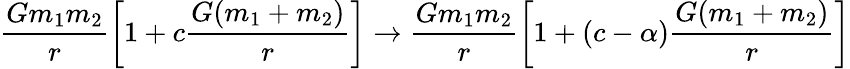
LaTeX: \frac{Gm_{1}m_{2}}{r}\left[1+c\frac{G(m_{1}+m_{2})}{r}\right]\rightarrow\frac{Gm_{1}m_{2}}{r}\left[1+(c-\alpha)\frac{G(m_{1}+m_{2})}{r}\right]